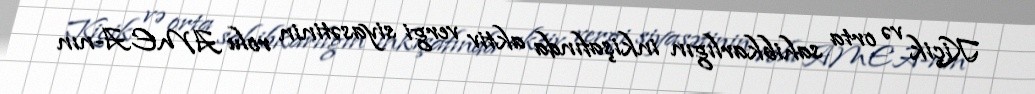
Kiçik və orta sahibkarlıgın inkişafında aktiv vergi siyasətinin rolu AMEA-nın